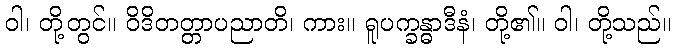
ဝါ၊ တို့တွင်။ ဝိဒိတတ္တာပညာတိ၊ ကား။ ရူပက္ခန္ဓာဒီနံ၊ တို့၏။ ဝါ၊ တို့သည်။